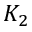
K _ { 2 }